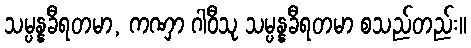
သမ္ပန္နခီရတမာ, ကဏှာ ဂါဝီသု သမ္ပန္နခီရတမာ စသည်တည်း။